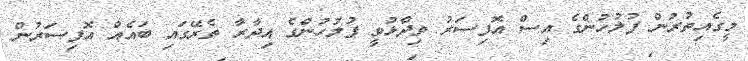
މީގެއިތުރުން ފުލުހުންގެ އިސް އޮފިސަރު ވިދާޅުވީ ފުލުހުންގެ އިދާރާ ތެރޭގައި ބައެއް އޮފިސަރުން